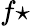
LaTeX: f\star